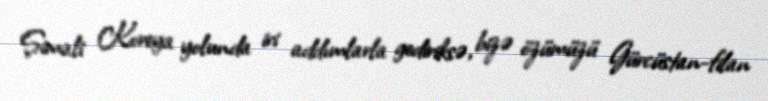
Şimali Koreya yolunda iri addımlarla gediriksə, bizə özümüzü Gürcüstan-filan